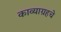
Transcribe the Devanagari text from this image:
काव्याग्रहचे